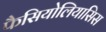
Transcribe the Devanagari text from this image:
फैसियोलियासिस